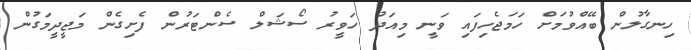
ހިނގާލުން ބޭއްވުމަށް ހަމަޖެހިފައި ވަނީ މިއަދު ހަވީރު ސޯޝަލް ސެންޓަރުން ފެށިގެން މަޖީދީމަގުން